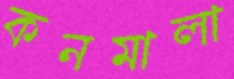
কনমালা